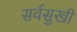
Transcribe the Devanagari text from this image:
सर्वसुखीं